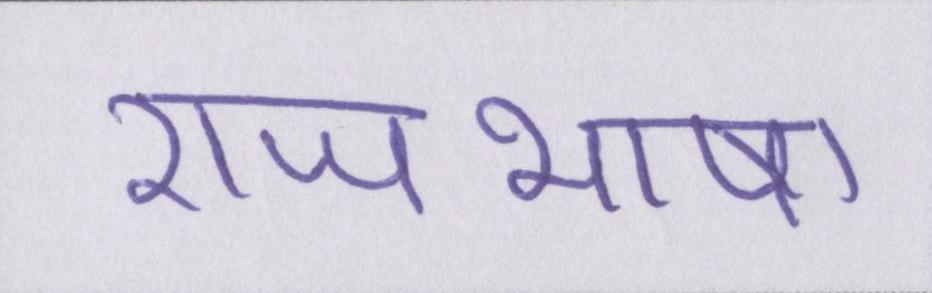
राजभाषा